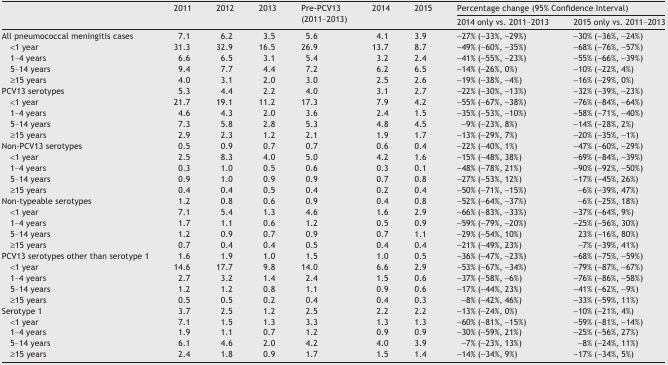
<table><thead><tr><td rowspan="2"></td><td rowspan="2"><b>2011</b></td><td rowspan="2"><b>2012</b></td><td rowspan="2"><b>2013</b></td><td rowspan="2"><b>Pre-PCV13(2011–2013)</b></td><td rowspan="2"><b>2014</b></td><td rowspan="2"><b>2015</b></td><td colspan="2"><b>Percentage change (95% Confidence Interval)</b></td></tr><tr><td><b>2014 only vs. 2011–2013</b></td><td><b>2015 only vs. 2011–2013</b></td></tr></thead><tbody><tr><td>All pneumococcal meningitis cases</td><td>7.1</td><td>6.2</td><td>3.5</td><td>5.6</td><td>4.1</td><td>3.9</td><td>−27% (−33%, −29%)</td><td>−30% (−36%, −24%)</td></tr><tr><td> &lt;1 year</td><td>31.3</td><td>32.9</td><td>16.5</td><td>26.9</td><td>13.7</td><td>8.7</td><td>−49% (−60%, −35%)</td><td>−68% (−76%, −57%)</td></tr><tr><td> 1–4 years</td><td>6.6</td><td>6.5</td><td>3.1</td><td>5.4</td><td>3.2</td><td>2.4</td><td>−41% (−55%, −23%)</td><td>−55% (−66%, −39%)</td></tr><tr><td> 5–14 years</td><td>9.4</td><td>7.7</td><td>4.4</td><td>7.2</td><td>6.2</td><td>6.5</td><td>−14% (−26%, 0%)</td><td>−10% (−22%, 4%)</td></tr><tr><td> ≥15 years</td><td>4.0</td><td>3.1</td><td>2.0</td><td>3.0</td><td>2.5</td><td>2.6</td><td>−19% (−38%, −4%)</td><td>−16% (−29%, 0%)</td></tr><tr><td>PCV13 serotypes</td><td>5.3</td><td>4.4</td><td>2.2</td><td>4.0</td><td>3.1</td><td>2.7</td><td>−22% (−30%, −13%)</td><td>−32% (−39%, −23%)</td></tr><tr><td> &lt;1 year</td><td>21.7</td><td>19.1</td><td>11.2</td><td>17.3</td><td>7.9</td><td>4.2</td><td>−55% (−67%, −38%)</td><td>−76% (−84%, −64%)</td></tr><tr><td> 1–4 years</td><td>4.6</td><td>4.3</td><td>2.0</td><td>3.6</td><td>2.4</td><td>1.5</td><td>−35% (−53%, −10%)</td><td>−58% (−71%, −40%)</td></tr><tr><td> 5–14 years</td><td>7.3</td><td>5.8</td><td>2.8</td><td>5.3</td><td>4.8</td><td>4.5</td><td>−9% (−23%, 8%)</td><td>−14% (−28%, 2%)</td></tr><tr><td> ≥15 years</td><td>2.9</td><td>2.3</td><td>1.2</td><td>2.1</td><td>1.9</td><td>1.7</td><td>−13% (−29%, 7%)</td><td>−20% (−35%, −1%)</td></tr><tr><td>Non-PCV13 serotypes</td><td>0.5</td><td>0.9</td><td>0.7</td><td>0.7</td><td>0.6</td><td>0.4</td><td>−22% (−40%, 1%)</td><td>−47% (−60%, −29%)</td></tr><tr><td> &lt;1 year</td><td>2.5</td><td>8.3</td><td>4.0</td><td>5.0</td><td>4.2</td><td>1.6</td><td>−15% (−48%, 38%)</td><td>−69% (−84%, −39%)</td></tr><tr><td> 1–4 years</td><td>0.3</td><td>1.0</td><td>0.5</td><td>0.6</td><td>0.3</td><td>0.1</td><td>−48% (−78%, 21%)</td><td>−90% (−92%, −50%)</td></tr><tr><td> 5–14 years</td><td>0.9</td><td>1.0</td><td>0.9</td><td>0.9</td><td>0.7</td><td>0.8</td><td>−27% (−53%, 12%)</td><td>−17% (−45%, 26%)</td></tr><tr><td> ≥15 years</td><td>0.4</td><td>0.4</td><td>0.5</td><td>0.4</td><td>0.2</td><td>0.4</td><td>−50% (−71%, −15%)</td><td>−6% (−39%, 47%)</td></tr><tr><td>Non-typeable serotypes</td><td>1.2</td><td>0.8</td><td>0.6</td><td>0.9</td><td>0.4</td><td>0.8</td><td>−52% (−64%, −37%)</td><td>−6% (−25%, 18%)</td></tr><tr><td> &lt;1 year</td><td>7.1</td><td>5.4</td><td>1.3</td><td>4.6</td><td>1.6</td><td>2.9</td><td>−66% (−83%, −33%)</td><td>−37% (−64%, 9%)</td></tr><tr><td> 1–4 years</td><td>1.7</td><td>1.1</td><td>0.6</td><td>1.2</td><td>0.5</td><td>0.9</td><td>−59% (−79%, −20%)</td><td>−25% (−56%, 30%)</td></tr><tr><td> 5–14 years</td><td>1.2</td><td>0.9</td><td>0.7</td><td>0.9</td><td>0.7</td><td>1.1</td><td>−29% (−54%, 10%)</td><td>23% (−16%, 80%)</td></tr><tr><td> ≥15 years</td><td>0.7</td><td>0.4</td><td>0.4</td><td>0.5</td><td>0.4</td><td>0.4</td><td>−21% (−49%, 23%)</td><td>−7% (−39%, 41%)</td></tr><tr><td>PCV13 serotypes other than serotype 1</td><td>1.6</td><td>1.9</td><td>1.0</td><td>1.5</td><td>1.0</td><td>0.5</td><td>−36% (−47%, −23%)</td><td>−68% (−75%, −59%)</td></tr><tr><td> &lt;1 year</td><td>14.6</td><td>17.7</td><td>9.8</td><td>14.0</td><td>6.6</td><td>2.9</td><td>−53% (−67%, −34%)</td><td>−79% (−87%, −67%)</td></tr><tr><td> 1–4 years</td><td>2.7</td><td>3.2</td><td>1.4</td><td>2.4</td><td>1.5</td><td>0.6</td><td>−37% (−58%, −6%)</td><td>−76% (−86%, −58%)</td></tr><tr><td> 5–14 years</td><td>1.2</td><td>1.2</td><td>0.8</td><td>1.1</td><td>0.9</td><td>0.6</td><td>−17% (−44%, 23%)</td><td>−41% (−62%, −9%)</td></tr><tr><td> ≥15 years</td><td>0.5</td><td>0.5</td><td>0.2</td><td>0.4</td><td>0.4</td><td>0.3</td><td>−8% (−42%, 46%)</td><td>−33% (−59%, 11%)</td></tr><tr><td>Serotype 1</td><td>3.7</td><td>2.5</td><td>1.2</td><td>2.5</td><td>2.2</td><td>2.2</td><td>−13% (−24%, 0%)</td><td>−10% (−21%, 4%)</td></tr><tr><td> &lt;1 year</td><td>7.1</td><td>1.5</td><td>1.3</td><td>3.3</td><td>1.3</td><td>1.3</td><td>−60% (−81%, −15%)</td><td>−59% (−81%, −14%)</td></tr><tr><td> 1–4 years</td><td>1.9</td><td>1.1</td><td>0.7</td><td>1.2</td><td>0.9</td><td>0.9</td><td>−30% (−59%, 21%)</td><td>−25% (−56%, 27%)</td></tr><tr><td> 5–14 years</td><td>6.1</td><td>4.6</td><td>2.0</td><td>4.2</td><td>4.0</td><td>3.9</td><td>−7% (−23%, 13%)</td><td>−8% (−24%, 11%)</td></tr><tr><td> ≥15 years</td><td>2.4</td><td>1.8</td><td>0.9</td><td>1.7</td><td>1.5</td><td>1.4</td><td>−14% (−34%, 9%)</td><td>−17% (−34%, 5%)</td></tr></tbody></table>